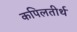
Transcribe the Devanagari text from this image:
कपिलतीर्थ